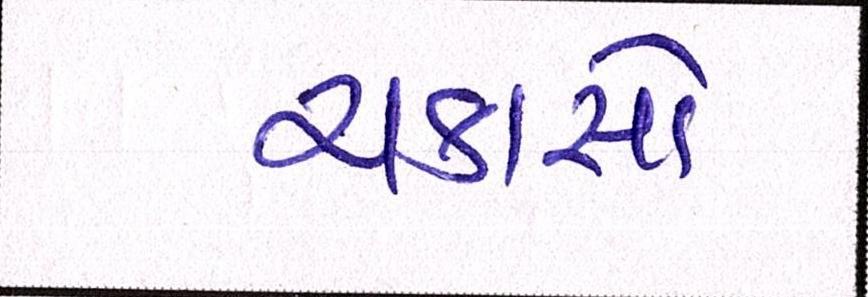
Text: ચકાસો